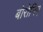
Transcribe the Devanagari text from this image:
बोरोनिए